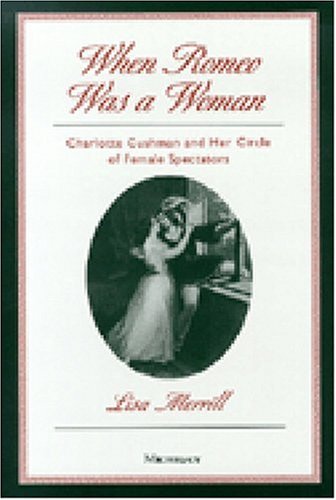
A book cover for When Romeo Was a Woman: Charlotte Cushman and Her Circle of Female Spectators (Triangulations: Lesbian/Gay/Queer Theater/Drama/Performance); Lisa Merrill; Gay & Lesbian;